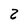
Character: 2